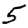
Digit: 5